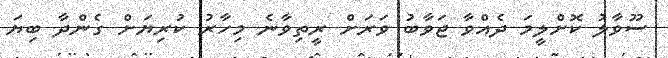
ސޫވާލު ކޮށްލީމަ ދެއްވާ ޖަވާބު ވަރަށް ރީތިވާނެ މިހާރު ކުރިޔަށް ގެންދާ ބިޔަ